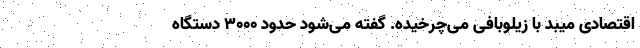
اقتصادی میبد با زیلوبافی می‌چرخیده. گفته می‌شود حدود ۳۰۰۰ دستگاه